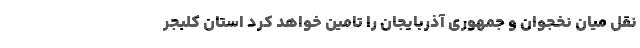
نقل میان نخجوان و جمهوری آذربایجان را تامین خواهد کرد استان کلبجر